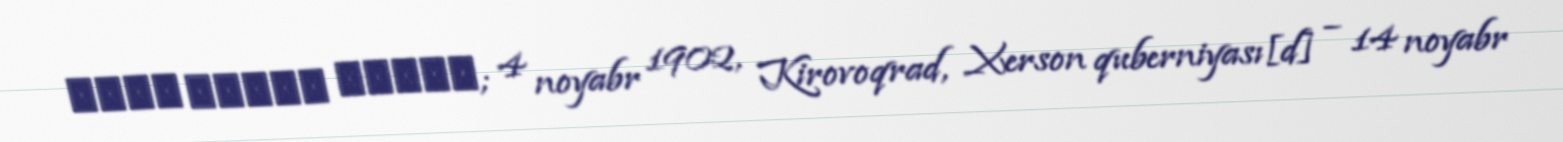
יעקב שמשון שפירא; 4 noyabr 1902, Kirovoqrad, Xerson quberniyası[d] – 14 noyabr